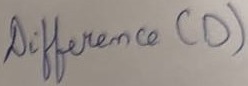
Text: Difference (D)